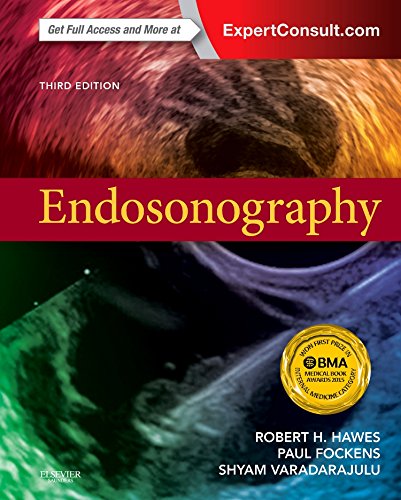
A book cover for Endosonography, 3e; Robert H. Hawes MD; Medical Books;